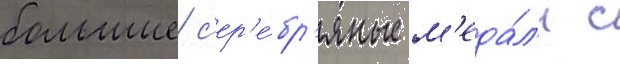
большие с'ер'е́бр'яные м'еда́л'и с